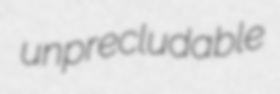
unprecludable